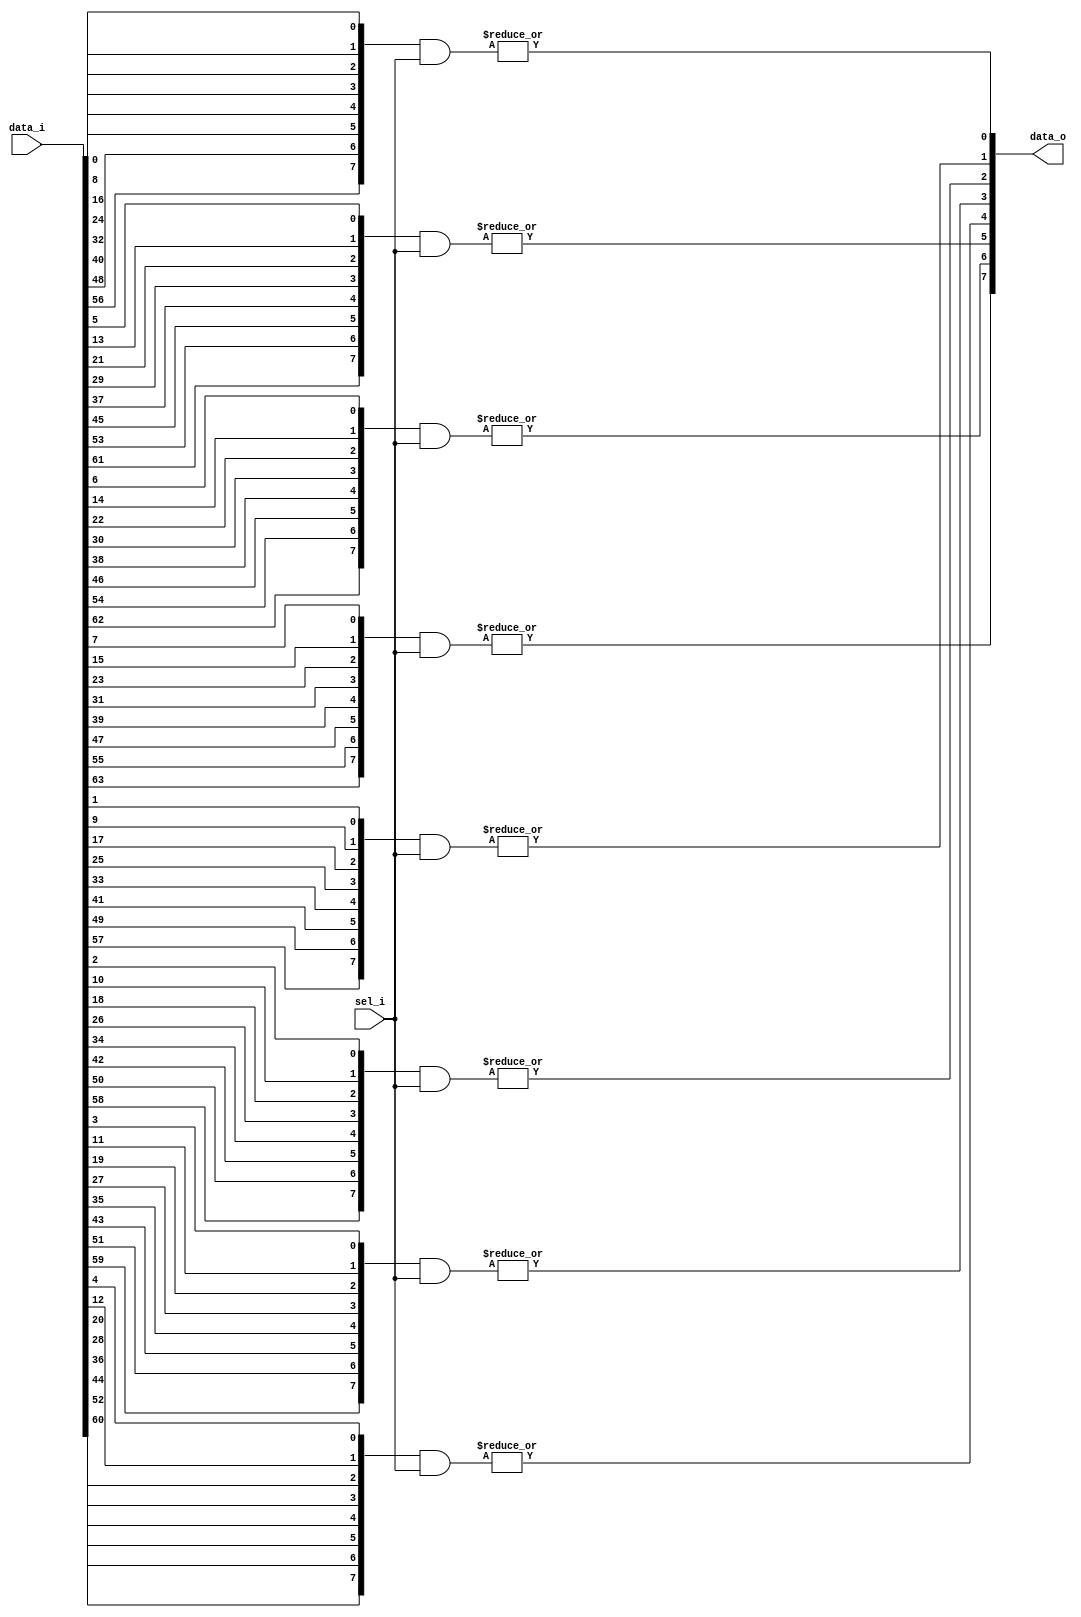
module MuxOH (
	sel_i,
	data_i,
	data_o
);
	parameter InputWidth = 8;
	parameter DataWidth = 8;
	input wire [InputWidth - 1:0] sel_i;
	input wire [(InputWidth * DataWidth) - 1:0] data_i;
	output wire [DataWidth - 1:0] data_o;
	wire [(DataWidth * InputWidth) - 1:0] dataT;
	genvar i;
	generate
		for (i = 0; i < DataWidth; i = i + 1) begin : gen_row
			genvar j;
			for (j = 0; j < InputWidth; j = j + 1) begin : gen_col
				assign dataT[(i * InputWidth) + j] = data_i[(j * DataWidth) + i];
			end
			assign data_o[i] = |(dataT[i * InputWidth+:InputWidth] & sel_i);
		end
	endgenerate
endmodule